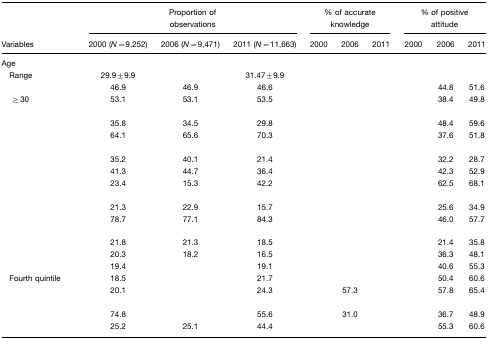
<table><thead><tr><td>[EMPTY_CELL]</td><td colspan="3"><b>Proportion of observations</b></td><td colspan="3"><b>% of accurate knowledge</b></td><td colspan="3"><b>% of positive attitude</b></td></tr><tr><td><b>Variables</b></td><td><b>2000 (<i>N</i>=9,252)</b></td><td><b>2006 (<i>N</i>=9,471)</b></td><td><b>2011 (<i>N</i>=11,663)</b></td><td><b>2000</b></td><td><b>2006</b></td><td><b>2011</b></td><td><b>2000</b></td><td><b>2006</b></td><td><b>2011</b></td></tr></thead><tbody><tr><td>Age</td><td>[EMPTY_CELL]</td><td>[EMPTY_CELL]</td><td>[EMPTY_CELL]</td><td>[EMPTY_CELL]</td><td>[EMPTY_CELL]</td><td>[EMPTY_CELL]</td><td>[EMPTY_CELL]</td><td>[EMPTY_CELL]</td><td>[EMPTY_CELL]</td></tr><tr><td> Range</td><td>29.9±9.9</td><td>[EMPTY_CELL]</td><td>31.47±9.9</td><td>[EMPTY_CELL]</td><td>[EMPTY_CELL]</td><td>[EMPTY_CELL]</td><td>[EMPTY_CELL]</td><td>[EMPTY_CELL]</td><td>[EMPTY_CELL]</td></tr><tr><td>[EMPTY_CELL]</td><td>46.9</td><td>46.9</td><td>46.6</td><td>[EMPTY_CELL]</td><td>[EMPTY_CELL]</td><td>[EMPTY_CELL]</td><td>[EMPTY_CELL]</td><td>44.8</td><td>51.6</td></tr><tr><td>≥ 30</td><td>53.1</td><td>53.1</td><td>53.5</td><td>[EMPTY_CELL]</td><td>[EMPTY_CELL]</td><td>[EMPTY_CELL]</td><td>[EMPTY_CELL]</td><td>38.4</td><td>49.8</td></tr><tr><td>[EMPTY_CELL]</td><td>[EMPTY_CELL]</td><td>[EMPTY_CELL]</td><td>[EMPTY_CELL]</td><td>[EMPTY_CELL]</td><td>[EMPTY_CELL]</td><td>[EMPTY_CELL]</td><td>[EMPTY_CELL]</td><td>[EMPTY_CELL]</td><td>[EMPTY_CELL]</td></tr><tr><td>[EMPTY_CELL]</td><td>35.8</td><td>34.5</td><td>29.8</td><td>[EMPTY_CELL]</td><td>[EMPTY_CELL]</td><td>[EMPTY_CELL]</td><td>[EMPTY_CELL]</td><td>48.4</td><td>59.6</td></tr><tr><td>[EMPTY_CELL]</td><td>64.1</td><td>65.6</td><td>70.3</td><td>[EMPTY_CELL]</td><td>[EMPTY_CELL]</td><td>[EMPTY_CELL]</td><td>[EMPTY_CELL]</td><td>37.6</td><td>51.8</td></tr><tr><td>[EMPTY_CELL]</td><td>[EMPTY_CELL]</td><td>[EMPTY_CELL]</td><td>[EMPTY_CELL]</td><td>[EMPTY_CELL]</td><td>[EMPTY_CELL]</td><td>[EMPTY_CELL]</td><td>[EMPTY_CELL]</td><td>[EMPTY_CELL]</td><td>[EMPTY_CELL]</td></tr><tr><td>[EMPTY_CELL]</td><td>35.2</td><td>40.1</td><td>21.4</td><td>[EMPTY_CELL]</td><td>[EMPTY_CELL]</td><td>[EMPTY_CELL]</td><td>[EMPTY_CELL]</td><td>32.2</td><td>28.7</td></tr><tr><td>[EMPTY_CELL]</td><td>41.3</td><td>44.7</td><td>36.4</td><td>[EMPTY_CELL]</td><td>[EMPTY_CELL]</td><td>[EMPTY_CELL]</td><td>[EMPTY_CELL]</td><td>42.3</td><td>52.9</td></tr><tr><td>[EMPTY_CELL]</td><td>23.4</td><td>15.3</td><td>42.2</td><td>[EMPTY_CELL]</td><td>[EMPTY_CELL]</td><td>[EMPTY_CELL]</td><td>[EMPTY_CELL]</td><td>62.5</td><td>68.1</td></tr><tr><td>[EMPTY_CELL]</td><td>[EMPTY_CELL]</td><td>[EMPTY_CELL]</td><td>[EMPTY_CELL]</td><td>[EMPTY_CELL]</td><td>[EMPTY_CELL]</td><td>[EMPTY_CELL]</td><td>[EMPTY_CELL]</td><td>[EMPTY_CELL]</td><td>[EMPTY_CELL]</td></tr><tr><td>[EMPTY_CELL]</td><td>21.3</td><td>22.9</td><td>15.7</td><td>[EMPTY_CELL]</td><td>[EMPTY_CELL]</td><td>[EMPTY_CELL]</td><td>[EMPTY_CELL]</td><td>25.6</td><td>34.9</td></tr><tr><td>[EMPTY_CELL]</td><td>78.7</td><td>77.1</td><td>84.3</td><td>[EMPTY_CELL]</td><td>[EMPTY_CELL]</td><td>[EMPTY_CELL]</td><td>[EMPTY_CELL]</td><td>46.0</td><td>57.7</td></tr><tr><td>[EMPTY_CELL]</td><td>[EMPTY_CELL]</td><td>[EMPTY_CELL]</td><td>[EMPTY_CELL]</td><td>[EMPTY_CELL]</td><td>[EMPTY_CELL]</td><td>[EMPTY_CELL]</td><td>[EMPTY_CELL]</td><td>[EMPTY_CELL]</td><td>[EMPTY_CELL]</td></tr><tr><td>[EMPTY_CELL]</td><td>21.8</td><td>21.3</td><td>18.5</td><td>[EMPTY_CELL]</td><td>[EMPTY_CELL]</td><td>[EMPTY_CELL]</td><td>[EMPTY_CELL]</td><td>21.4</td><td>35.8</td></tr><tr><td>[EMPTY_CELL]</td><td>20.3</td><td>18.2</td><td>16.5</td><td>[EMPTY_CELL]</td><td>[EMPTY_CELL]</td><td>[EMPTY_CELL]</td><td>[EMPTY_CELL]</td><td>36.3</td><td>48.1</td></tr><tr><td>[EMPTY_CELL]</td><td>19.4</td><td>[EMPTY_CELL]</td><td>19.1</td><td>[EMPTY_CELL]</td><td>[EMPTY_CELL]</td><td>[EMPTY_CELL]</td><td>[EMPTY_CELL]</td><td>40.6</td><td>55.3</td></tr><tr><td> Fourth quintile</td><td>18.5</td><td>[EMPTY_CELL]</td><td>21.7</td><td>[EMPTY_CELL]</td><td>[EMPTY_CELL]</td><td>[EMPTY_CELL]</td><td>[EMPTY_CELL]</td><td>50.4</td><td>60.6</td></tr><tr><td>[EMPTY_CELL]</td><td>20.1</td><td>[EMPTY_CELL]</td><td>24.3</td><td>[EMPTY_CELL]</td><td>57.3</td><td>[EMPTY_CELL]</td><td>[EMPTY_CELL]</td><td>57.8</td><td>65.4</td></tr><tr><td>[EMPTY_CELL]</td><td>[EMPTY_CELL]</td><td>[EMPTY_CELL]</td><td>[EMPTY_CELL]</td><td>[EMPTY_CELL]</td><td>[EMPTY_CELL]</td><td>[EMPTY_CELL]</td><td>[EMPTY_CELL]</td><td>[EMPTY_CELL]</td><td>[EMPTY_CELL]</td></tr><tr><td>[EMPTY_CELL]</td><td>74.8</td><td>[EMPTY_CELL]</td><td>55.6</td><td>[EMPTY_CELL]</td><td>31.0</td><td>[EMPTY_CELL]</td><td>[EMPTY_CELL]</td><td>36.7</td><td>48.9</td></tr><tr><td>[EMPTY_CELL]</td><td>25.2</td><td>25.1</td><td>44.4</td><td>[EMPTY_CELL]</td><td>[EMPTY_CELL]</td><td>[EMPTY_CELL]</td><td>[EMPTY_CELL]</td><td>55.3</td><td>60.6</td></tr></tbody></table>